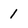
Character: 1